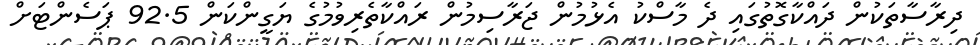
ދިރާސާތަކުން ދައްކާގޮތުގައި ދެ މާސްކު އެޅުމުން ޖަރާސިމުން ރައްކާތެރިވުމުގެ ޔަގީންކަން 92.5 ޕަސެންޓަށް